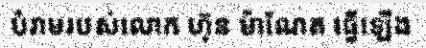
បំរាមរបស់លោក ហ៊ុន ម៉ាណែត ធ្វើឡើង